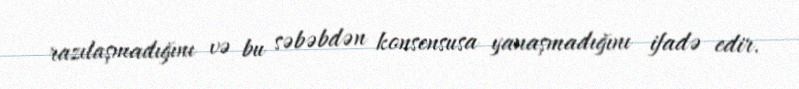
razılaşmadığını və bu səbəbdən konsensusa yanaşmadığını ifadə edir.